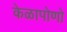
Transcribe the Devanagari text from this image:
केळापोणो